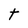
Character: t